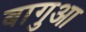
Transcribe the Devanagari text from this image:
बागुआ